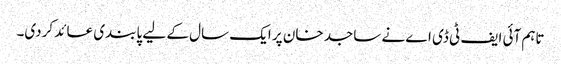
تاہم آئی ایف ٹی ڈی اے نے ساجد خان پر ایک سال کے لیے پابندی عائد کردی۔